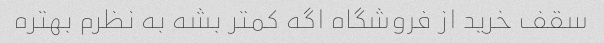
سقف خرید از فروشگاه اگه کمتر بشه به نظرم بهتره